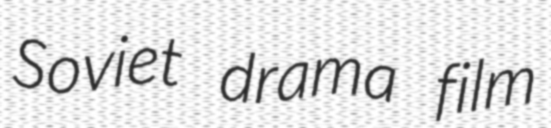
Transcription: Soviet drama film